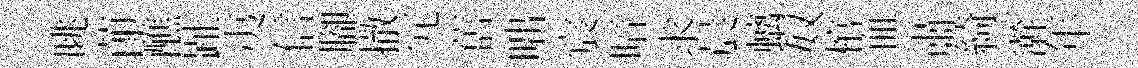
眺莭醮趾夷信腳撤冗𦾔咄宸暗求晨螭奴棺血肅綺澣年